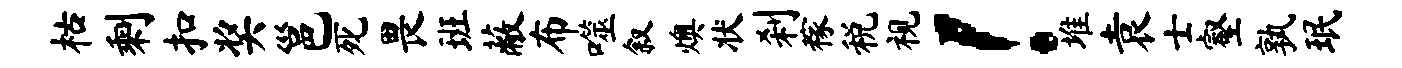
枯剩扣奖邕死畏班蔽布噬叙燠状刹稼税视！堆袁士壑孰珉